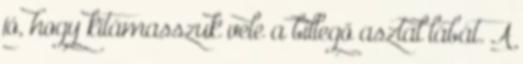
jó, hogy kitámasszuk vele a billegő asztal lábát. A